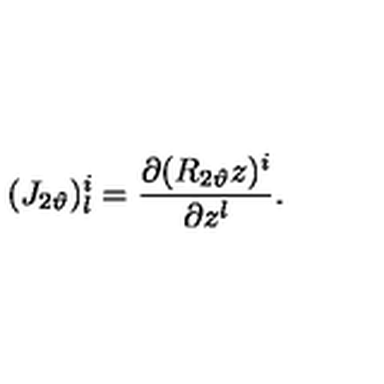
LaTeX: ( J _ { 2 \vartheta } ) _ { l } ^ { i } = \frac { \partial ( R _ { 2 \vartheta } z ) ^ { i } } { \partial z ^ { l } } .